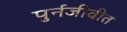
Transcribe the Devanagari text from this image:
पुर्नजीवीत